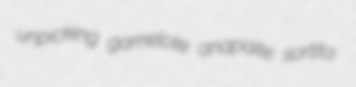
unpicking gamelote anapaite sortita